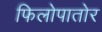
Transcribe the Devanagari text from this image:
फिलोपातोर